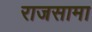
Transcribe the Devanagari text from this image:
राजसामा